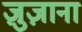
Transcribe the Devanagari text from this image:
ज़ुज़ाना